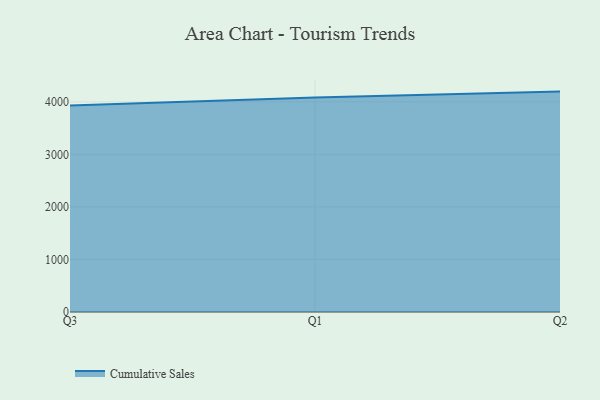
{"axis": {"x": "Quarter", "y": "Temperature (°C)"}, "legend": ["Cumulative Sales"], "data": [{"x": "Q3", "y": 3931.0, "type": "Cumulative Sales"}, {"x": "Q1", "y": 4080.2, "type": "Cumulative Sales"}, {"x": "Q2", "y": 4194.6, "type": "Cumulative Sales"}]}